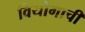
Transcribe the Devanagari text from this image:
वियोगाची